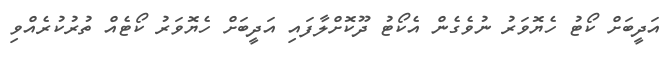
އަދީބަށް ކޯޓު ހެޔޮވަރު ނުވެގެން އެކޯޓު ދޫކޮށްލާފައި އަދީބަށް ހެޔޮވަރު ކޯޓެއް ތުރުކުރެއްވި